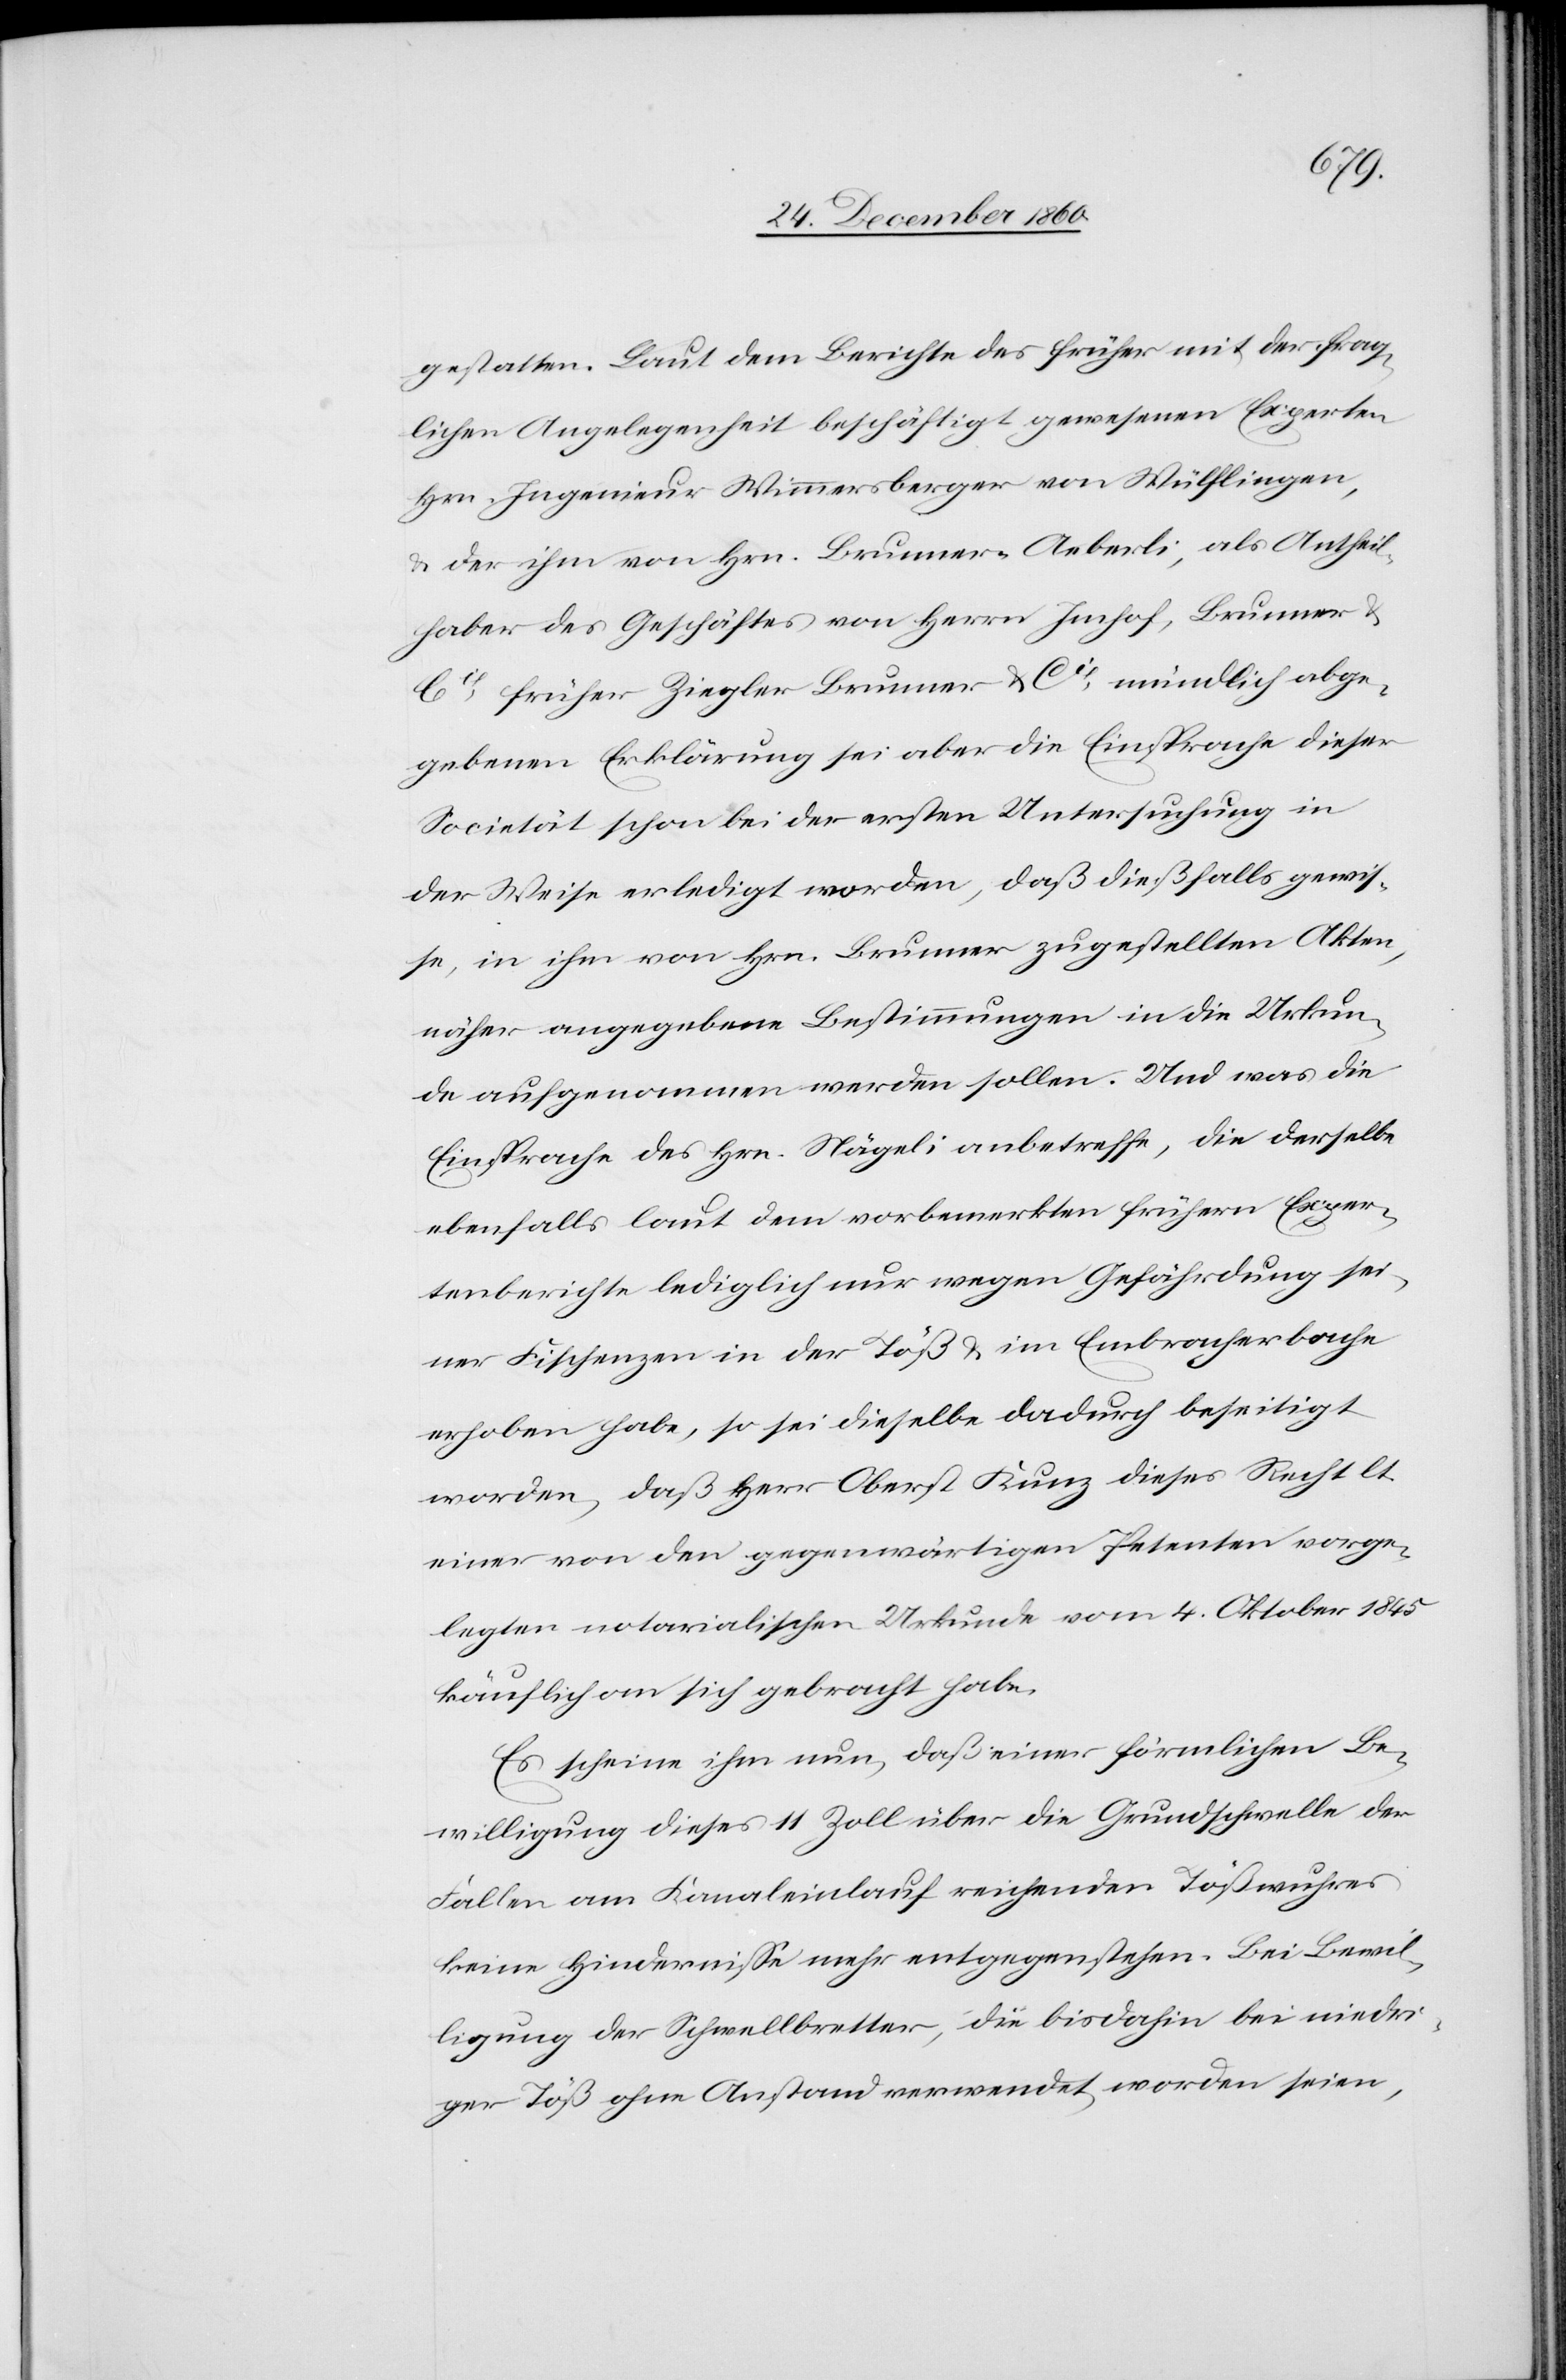
gestatten. Laut dem Berichte des früher mit der frag¬
lichen Angelegenheit beschäftigt gewesenen Experten
Hrn. Ingenieur Wimmersberger von Wülflingen,
u. der ihm von Hrn. Brunner-Aeberli, als Antheil¬
haber des Geschäftes von Herrn Imhof, Brunner &
Cie früher Ziegler[,] Brunner & Cie mündlich abge¬
gebenen Erklärung sei aber die Einsprache dieser
Societät schon bei der ersten Untersuchung in
der Weise erledigt worden, daß dießfalls gewis¬
se, in ihm von Hrn. Brunner zugestellten Akten,
näher angegebene Bestimmungen in die Urkun¬
de aufgenommen werden sollen. Und was die
Einsprache des Hrn. Nägeli anbetreffe, die derselbe
ebenfalls laut dem vorbemerkten frühern Exper¬
tenberichte lediglich nur wegen Gefährdung sei¬
ner Fischenzen in der Töß u. im Embracherbache
erhoben habe, so sei dieselbe dadurch beseitigt
worden, daß Herr Oberst Kunz dieses Recht lt.
einer von den gegenwärtigen Petenten vorge¬
legten notarialischen Urkunde vom 4. Oktober 1845
käuflich an sich gebracht habe.
Es scheine ihm nun, daß einer förmlichen Be¬
willigung dieses 11 Zoll über die Grundschwelle der
Fallen am Kanaleinlauf reichenden Tößwuhres
keine Hindernisse mehr entgegenstehen. Bei Bewil¬
ligung der Schwellbretter, die bisdahin bei niedri¬
ger Töß ohne Anstand verwendet worden seien,